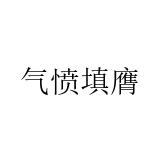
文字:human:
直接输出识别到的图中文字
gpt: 气愤填膺